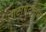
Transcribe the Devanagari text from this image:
गटागटांतून